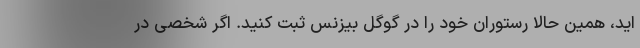
اید، همین حالا رستوران خود را در گوگل بیزنس ثبت کنید. اگر شخصی در